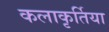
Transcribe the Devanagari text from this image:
कलाकृर्तिया